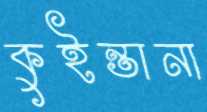
কুইন্তানা